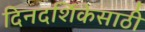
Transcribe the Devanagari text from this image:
दिनदर्शिकेसाठी